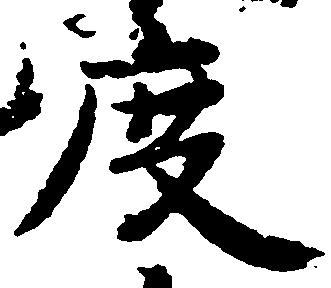
度